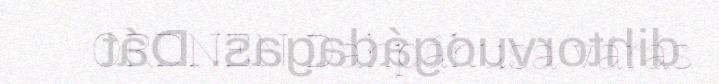
ORDNEN Dáhpáhusa várás